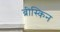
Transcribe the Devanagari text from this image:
ब्रीस्किन